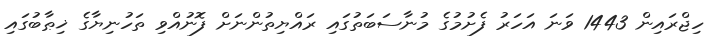
ހިޖްރައިން 1443 ވަނަ އަހަރު ފެށުމުގެ މުނާސަބަތުގައި ރައްޔިތުންނަށް ފޮނުއްވި ތަހުނިޔާގެ ޚިޠާބުގައި